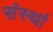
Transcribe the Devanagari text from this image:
संस्थां